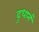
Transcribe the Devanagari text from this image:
दुधानं